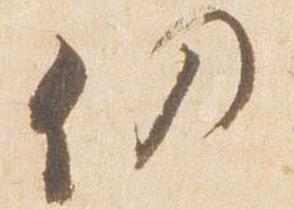
仍